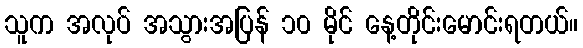
သူက အလုပ် အသွားအပြန် ၁၀ မိုင် နေ့တိုင်းမောင်းရတယ်။